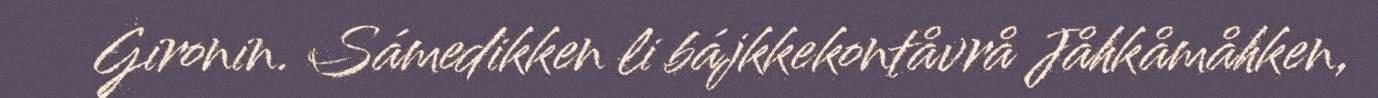
Gironin. Sámedikken li bájkkekontåvrå Jåhkåmåhken,